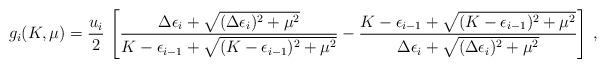
LaTeX: \begin{align*}g_i (K,\mu) = {u_i \over 2} \,\left[ {\Delta\epsilon_i +\sqrt{(\Delta\epsilon_i)^2 + \mu^2 } \over K - \epsilon_{i-1} + \sqrt{(K - \epsilon_{i-1})^2 + \mu^2}}- {K - \epsilon_{i-1} + \sqrt{(K - \epsilon_{i-1})^2 + \mu^2}\over \Delta\epsilon_i +\sqrt{(\Delta\epsilon_i)^2 + \mu^2 }}\right]\,,\end{align*}